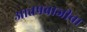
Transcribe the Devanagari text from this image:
आतषबाजीचा